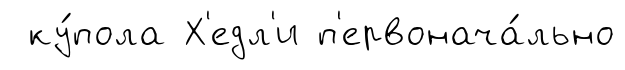
ку́пола Х'едл'и п'ервонача́льно